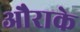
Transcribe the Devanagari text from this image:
औराके